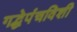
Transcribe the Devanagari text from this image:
गद्धेपंचविशी